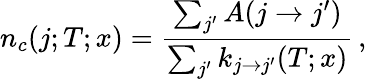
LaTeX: n_{c}(j;T;x)=\frac{\sum_{j^{\prime}}A(j\rightarrow j^{\prime})}{\sum_{j^{\prime}}k_{j\rightarrow j^{\prime}}(T;x)}\, ,